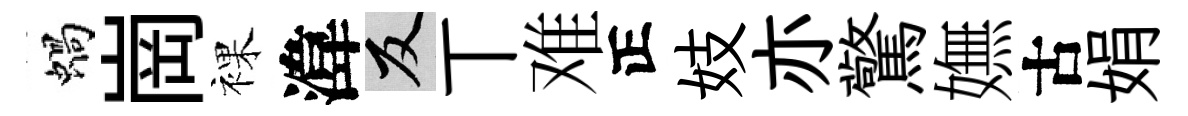
蝸崗裸湋反丅难正妓亦驚嫵古娟